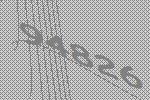
94826